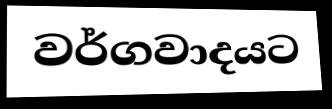
වර්ගවාදයට